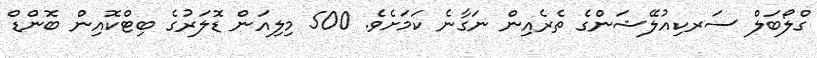
ގްލޯބަލް ސަރކިއުލޭޝަންގެ ތެރެއިން ނަގާނެ ކަމަށެވެ. 500 މިލިއަން ޑޮލަރުގެ ބިޓްކޮއިން ބޮންޑް